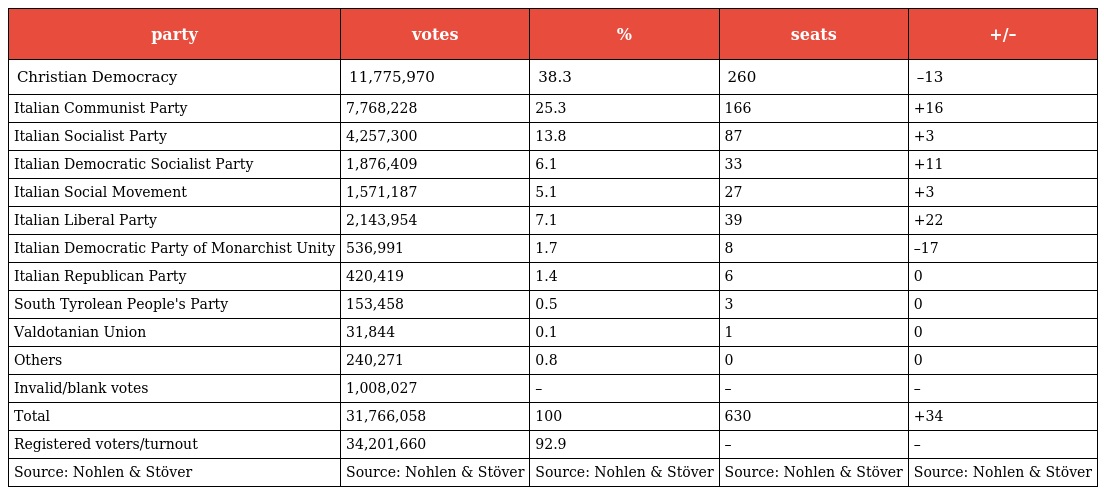
| party | votes | % | seats | +/– |
 | --- | --- | --- | --- | --- |
 | Christian Democracy | 11,775,970 | 38.3 | 260 | –13 |
 | Italian Communist Party | 7,768,228 | 25.3 | 166 | +16 |
 | Italian Socialist Party | 4,257,300 | 13.8 | 87 | +3 |
 | Italian Democratic Socialist Party | 1,876,409 | 6.1 | 33 | +11 |
 | Italian Social Movement | 1,571,187 | 5.1 | 27 | +3 |
 | Italian Liberal Party | 2,143,954 | 7.1 | 39 | +22 |
 | Italian Democratic Party of Monarchist Unity | 536,991 | 1.7 | 8 | –17 |
 | Italian Republican Party | 420,419 | 1.4 | 6 | 0 |
 | South Tyrolean People's Party | 153,458 | 0.5 | 3 | 0 |
 | Valdotanian Union | 31,844 | 0.1 | 1 | 0 |
 | Others | 240,271 | 0.8 | 0 | 0 |
 | Invalid/blank votes | 1,008,027 | – | – | – |
 | Total | 31,766,058 | 100 | 630 | +34 |
 | Registered voters/turnout | 34,201,660 | 92.9 | – | – |
 | Source: Nohlen & Stöver | Source: Nohlen & Stöver | Source: Nohlen & Stöver | Source: Nohlen & Stöver | Source: Nohlen & Stöver |